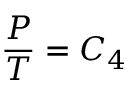
{ \frac { P } { T } } = C _ { 4 }